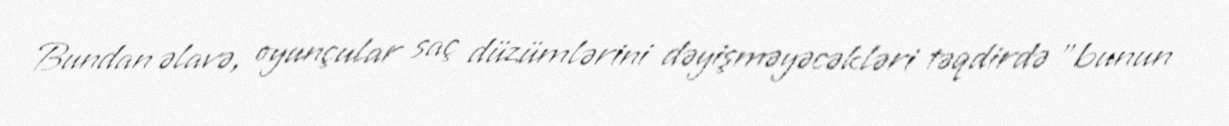
Bundan əlavə, oyunçular saç düzümlərini dəyişməyəcəkləri təqdirdə "bunun